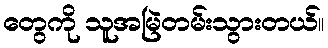
တွေကို သူအမြဲတမ်းသွားတယ်။